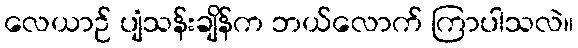
လေယာဉ် ပျံသန်းချိန်က ဘယ်လောက် ကြာပါသလဲ။